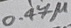
Text: 47µ